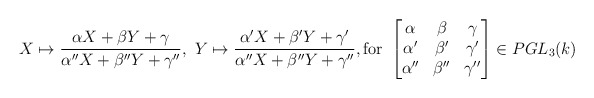
\begin{align*}X \mapsto \frac{\alpha X + \beta Y + \gamma}{\alpha'' X + \beta'' Y +\gamma''}, \ Y \mapsto \frac{\alpha' X + \beta' Y +\gamma'}{\alpha'' X + \beta'' Y +\gamma''}, \textrm{for }\begin{bmatrix}\alpha & \beta & \gamma \\ \alpha' & \beta' & \gamma' \\ \alpha'' & \beta'' & \gamma''\end{bmatrix} \in PGL_3(k)\end{align*}